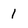
Character: I